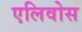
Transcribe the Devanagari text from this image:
एलिवोस